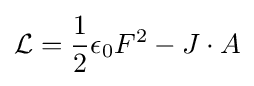
{\mathcal {L}}={\frac {1}{2}}\epsilon _{0}F^{2}-J\cdot A